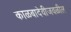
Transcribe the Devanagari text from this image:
काळबादेवीजवळील